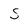
Character: S